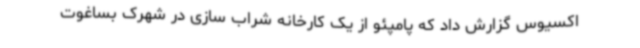
اکسیوس گزارش داد که پامپئو از یک کارخانه شراب سازی در شهرک بساغوت